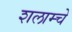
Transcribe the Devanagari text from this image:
शलाम्चे